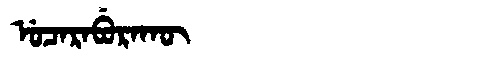
Manchu: ᡠᠴᠠᡵᠠᠪᡠᡵᠠᡴᡡ
Romanization: UCARABURAKŪ